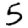
Digit: 5